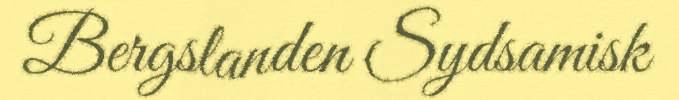
Bergslanden Sydsamisk